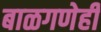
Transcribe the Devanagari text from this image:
बाळगणेही